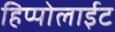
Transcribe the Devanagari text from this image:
हिप्पोलाईट